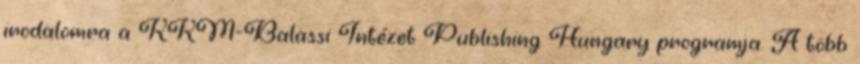
irodalomra a KKM-Balassi Intézet Publishing Hungary programja. A több